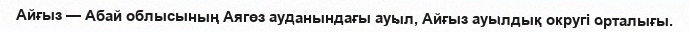
Айғыз — Абай облысының Аягөз ауданындағы ауыл, Айғыз ауылдық округі орталығы.